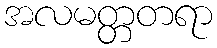
အလမတ္တတရာ